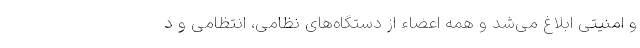
و امنیتی ابلاغ می‌شد و همه اعضاء از دستگاه‌های نظامی، انتظامی و د